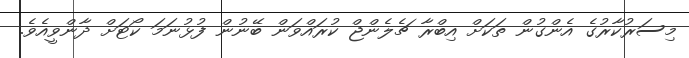
މިސަރުކާރުގެ އެންގުން ތަކަށް އިބްރާ ޗެލެންޖް ކުރައްވަން ބޭނުން ފުޅުނަމަ ކޯޓަށް ދާންވީއެވެ.